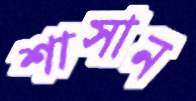
শাসান